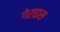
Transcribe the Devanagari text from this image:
गेराइस